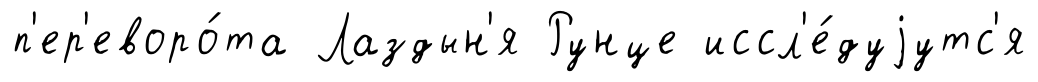
п'ер'еворо́та Лаздын'я Рунце иссл'е́дуjутс'я